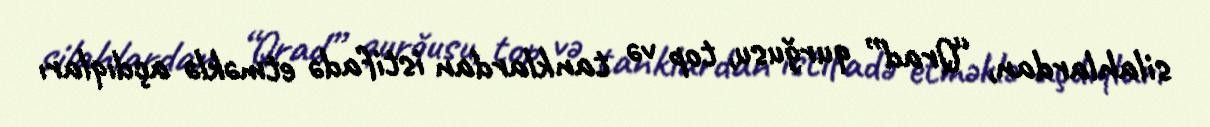
silahlardan, “Qrad” qurğusu, top və tanklardan istifadə etməklə açdıqları